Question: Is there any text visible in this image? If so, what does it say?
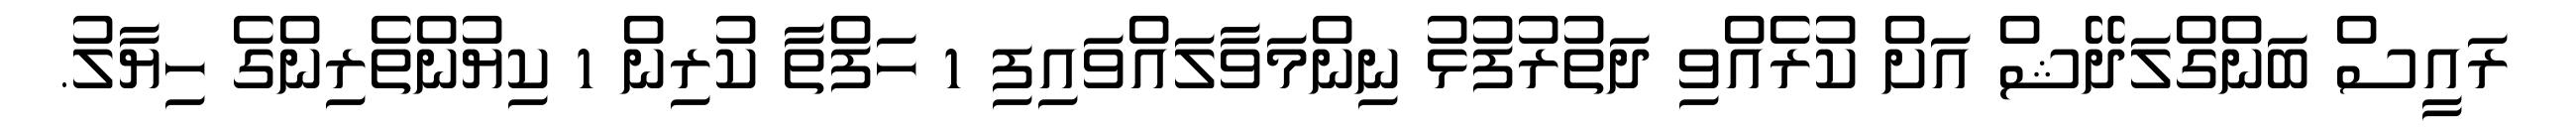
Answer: ރައީސް ބަންގްލަދޭޝް އަށް ކުރެއްވި ދަތުރުފުޅު ނިންމަވާލައްވައިފި 1 ހަފްތާ ކުރިން 1 ކިޔުންތެރިންގެ ހިޔާލު.